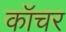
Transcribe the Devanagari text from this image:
कॉचर